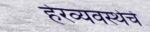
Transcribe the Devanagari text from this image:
हेरव्यवस्थेचे